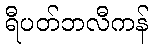
ရီပတ်ဘလီကန်